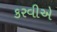
કરવીએ